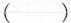
( )